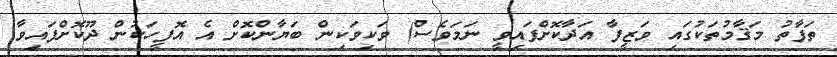
ތަފާތު މަޤާމުތަކުގައި ވަޒީފާ އަދާކޮށްފައިވީ ނަމަވެސް) ވަކިވަކިން ބަޔާންކޮށް އެ އޮފީހަކުން ދޫކޮށްފައިވާ